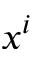
x ^ { i }